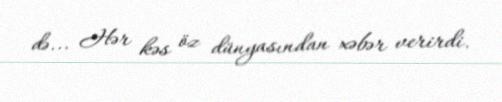
də... Hər kəs öz dünyasından xəbər verirdi.